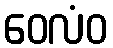
ဝေလံဝ